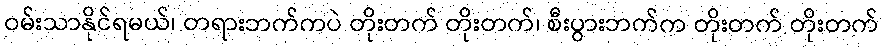
ဝမ်းသာနိုင်ရမယ်၊ တရားဘက်ကပဲ တိုးတက် တိုးတက်၊ စီးပွားဘက်က တိုးတက် တိုးတက်